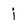
Character: j